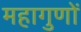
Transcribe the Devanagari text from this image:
महागुणों